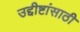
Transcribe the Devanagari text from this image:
उद्दीष्टांसाठी